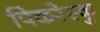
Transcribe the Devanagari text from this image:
पिकरेस्कु